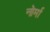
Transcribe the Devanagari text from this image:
नोर्मा